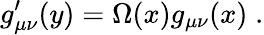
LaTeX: g_{\mu\nu}^{\prime}(y)=\Omega(x)g_{\mu\nu}(x)\; .